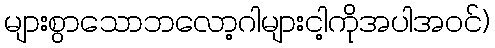
များစွာသောဘလော့ဂါများငါ့ကိုအပါအဝင်)